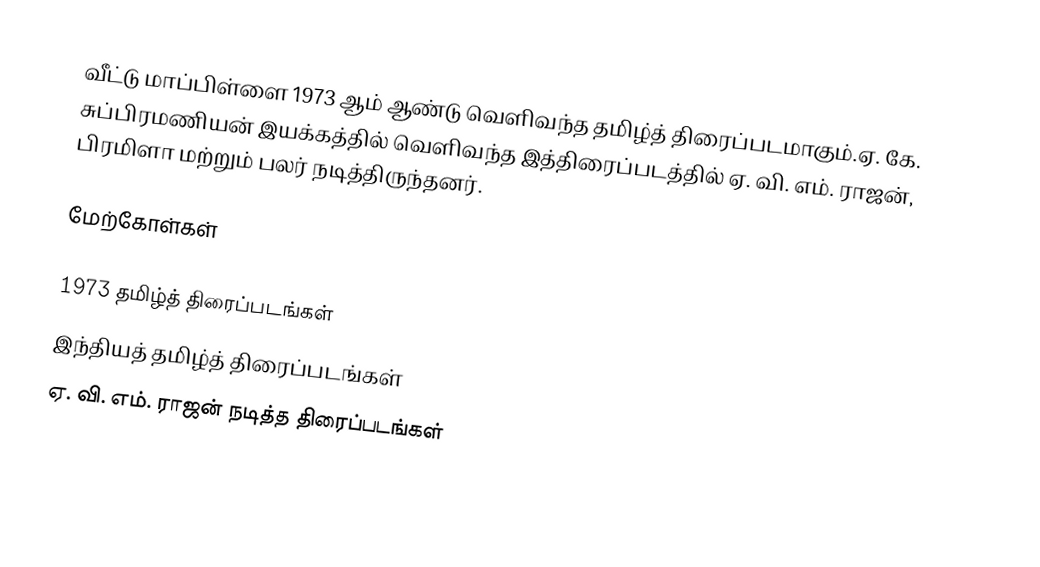
வீட்டு மாப்பிள்ளை 1973 ஆம் ஆண்டு வெளிவந்த தமிழ்த் திரைப்படமாகும்.ஏ. கே. சுப்பிரமணியன் இயக்கத்தில் வெளிவந்த இத்திரைப்படத்தில் ஏ. வி. எம். ராஜன், பிரமிளா மற்றும் பலர் நடித்திருந்தனர்.

மேற்கோள்கள்

1973 தமிழ்த் திரைப்படங்கள்
இந்தியத் தமிழ்த் திரைப்படங்கள்
ஏ. வி. எம். ராஜன் நடித்த திரைப்படங்கள்